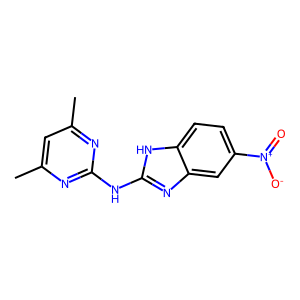
SMILES: Cc1cc(C)nc(Nc2nc3cc([N+](=O)[O-])ccc3[nH]2)n1
Inhibits HIV replication: No